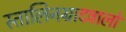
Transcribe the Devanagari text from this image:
स्तालिनग्रादवालों